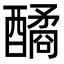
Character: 䤎